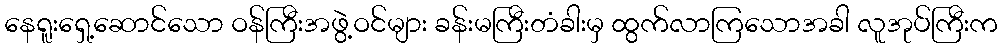
နေရူးရှေ့ဆောင်သော ဝန်ကြီးအဖွဲ့ဝင်များ ခန်းမကြီးတံခါးမှ ထွက်လာကြသောအခါ လူအုပ်ကြီးက